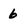
Character: 6